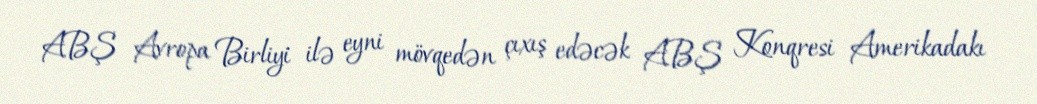
ABŞ Avropa Birliyi ilə eyni mövqedən çıxış edəcək ABŞ Konqresi Amerikadakı